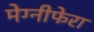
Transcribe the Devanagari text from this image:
मेग्‍नीफेरा